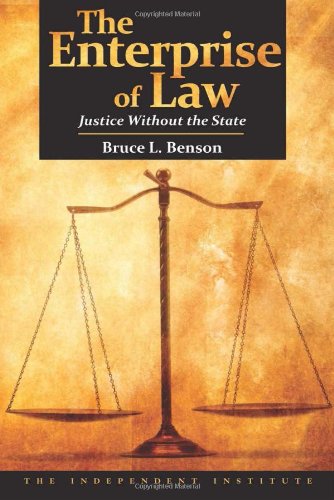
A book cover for The Enterprise of Law: Justice Without the State; Bruce L. Benson; Law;